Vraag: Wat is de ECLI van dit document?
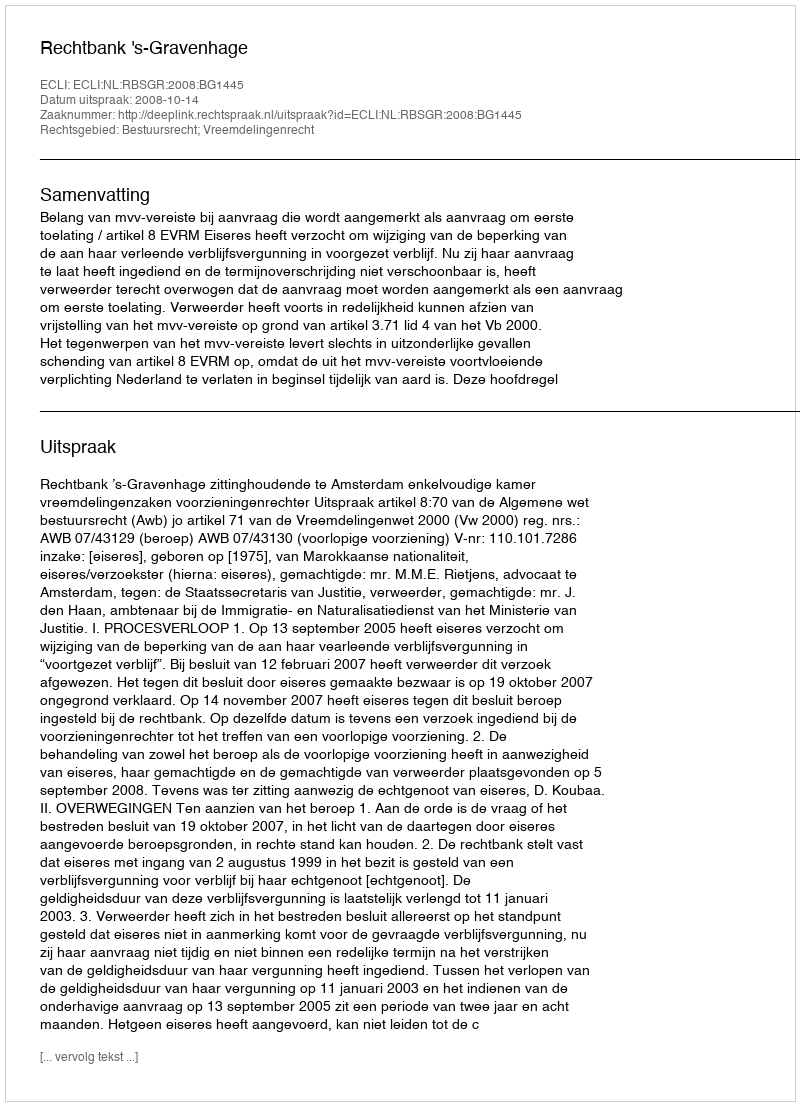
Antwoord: ECLI:NL:RBSGR:2008:BG1445